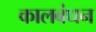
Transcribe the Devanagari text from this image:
कालबंधन